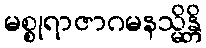
မစ္စုရာဇာဂမနသ္မိန္တိ